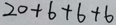
2 0 + 6 + 6 + 6